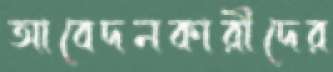
আবেদনকারীদের